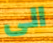
الى